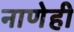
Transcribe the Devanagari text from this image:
नाणेही